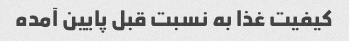
کیفیت غذا به نسبت قبل پایین آمده